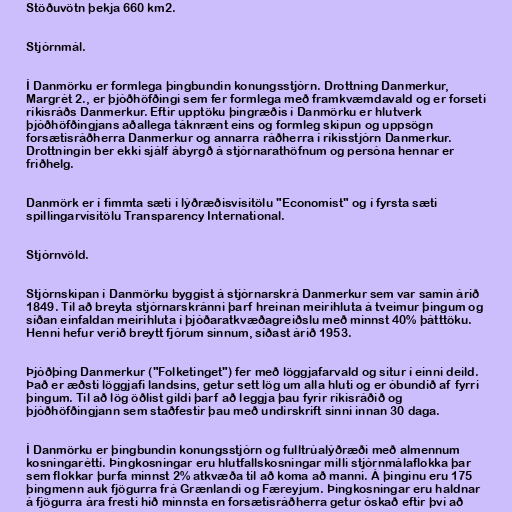
Stöðuvötn þekja 660 km2.

Stjórnmál.

Í Danmörku er formlega þingbundin konungsstjórn. Drottning Danmerkur,
Margrét 2., er þjóðhöfðingi sem fer formlega með framkvæmdavald og er forseti
ríkisráðs Danmerkur. Eftir upptöku þingræðis í Danmörku er hlutverk
þjóðhöfðingjans aðallega táknrænt eins og formleg skipun og uppsögn
forsætisráðherra Danmerkur og annarra ráðherra í ríkisstjórn Danmerkur.
Drottningin ber ekki sjálf ábyrgð á stjórnarathöfnum og persóna hennar er
friðhelg.

Danmörk er í fimmta sæti í lýðræðisvísitölu "Economist" og í fyrsta sæti
spillingarvísitölu Transparency International.

Stjórnvöld.

Stjórnskipan í Danmörku byggist á stjórnarskrá Danmerkur sem var samin árið
1849. Til að breyta stjórnarskránni þarf hreinan meirihluta á tveimur þingum og
síðan einfaldan meirihluta í þjóðaratkvæðagreiðslu með minnst 40% þátttöku.
Henni hefur verið breytt fjórum sinnum, síðast árið 1953.

Þjóðþing Danmerkur ("Folketinget") fer með löggjafarvald og situr í einni deild.
Það er æðsti löggjafi landsins, getur sett lög um alla hluti og er óbundið af fyrri
þingum. Til að lög öðlist gildi þarf að leggja þau fyrir ríkisráðið og
þjóðhöfðingjann sem staðfestir þau með undirskrift sinni innan 30 daga.

Í Danmörku er þingbundin konungsstjórn og fulltrúalýðræði með almennum
kosningarétti. Þingkosningar eru hlutfallskosningar milli stjórnmálaflokka þar
sem flokkar þurfa minnst 2% atkvæða til að koma að manni. Á þinginu eru 175
þingmenn auk fjögurra frá Grænlandi og Færeyjum. Þingkosningar eru haldnar
á fjögurra ára fresti hið minnsta en forsætisráðherra getur óskað eftir því að